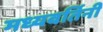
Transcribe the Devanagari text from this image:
मध्यवर्तिनी